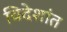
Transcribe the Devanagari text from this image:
विदेशांत